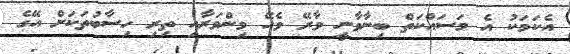
އެކަމަކު އެ މަސައްކަތް ބިނާވާނީ ވާރޭ ވެހޭ މިންވަރާއި ތިރި ހިސާބުތަކަށް އޭގެ